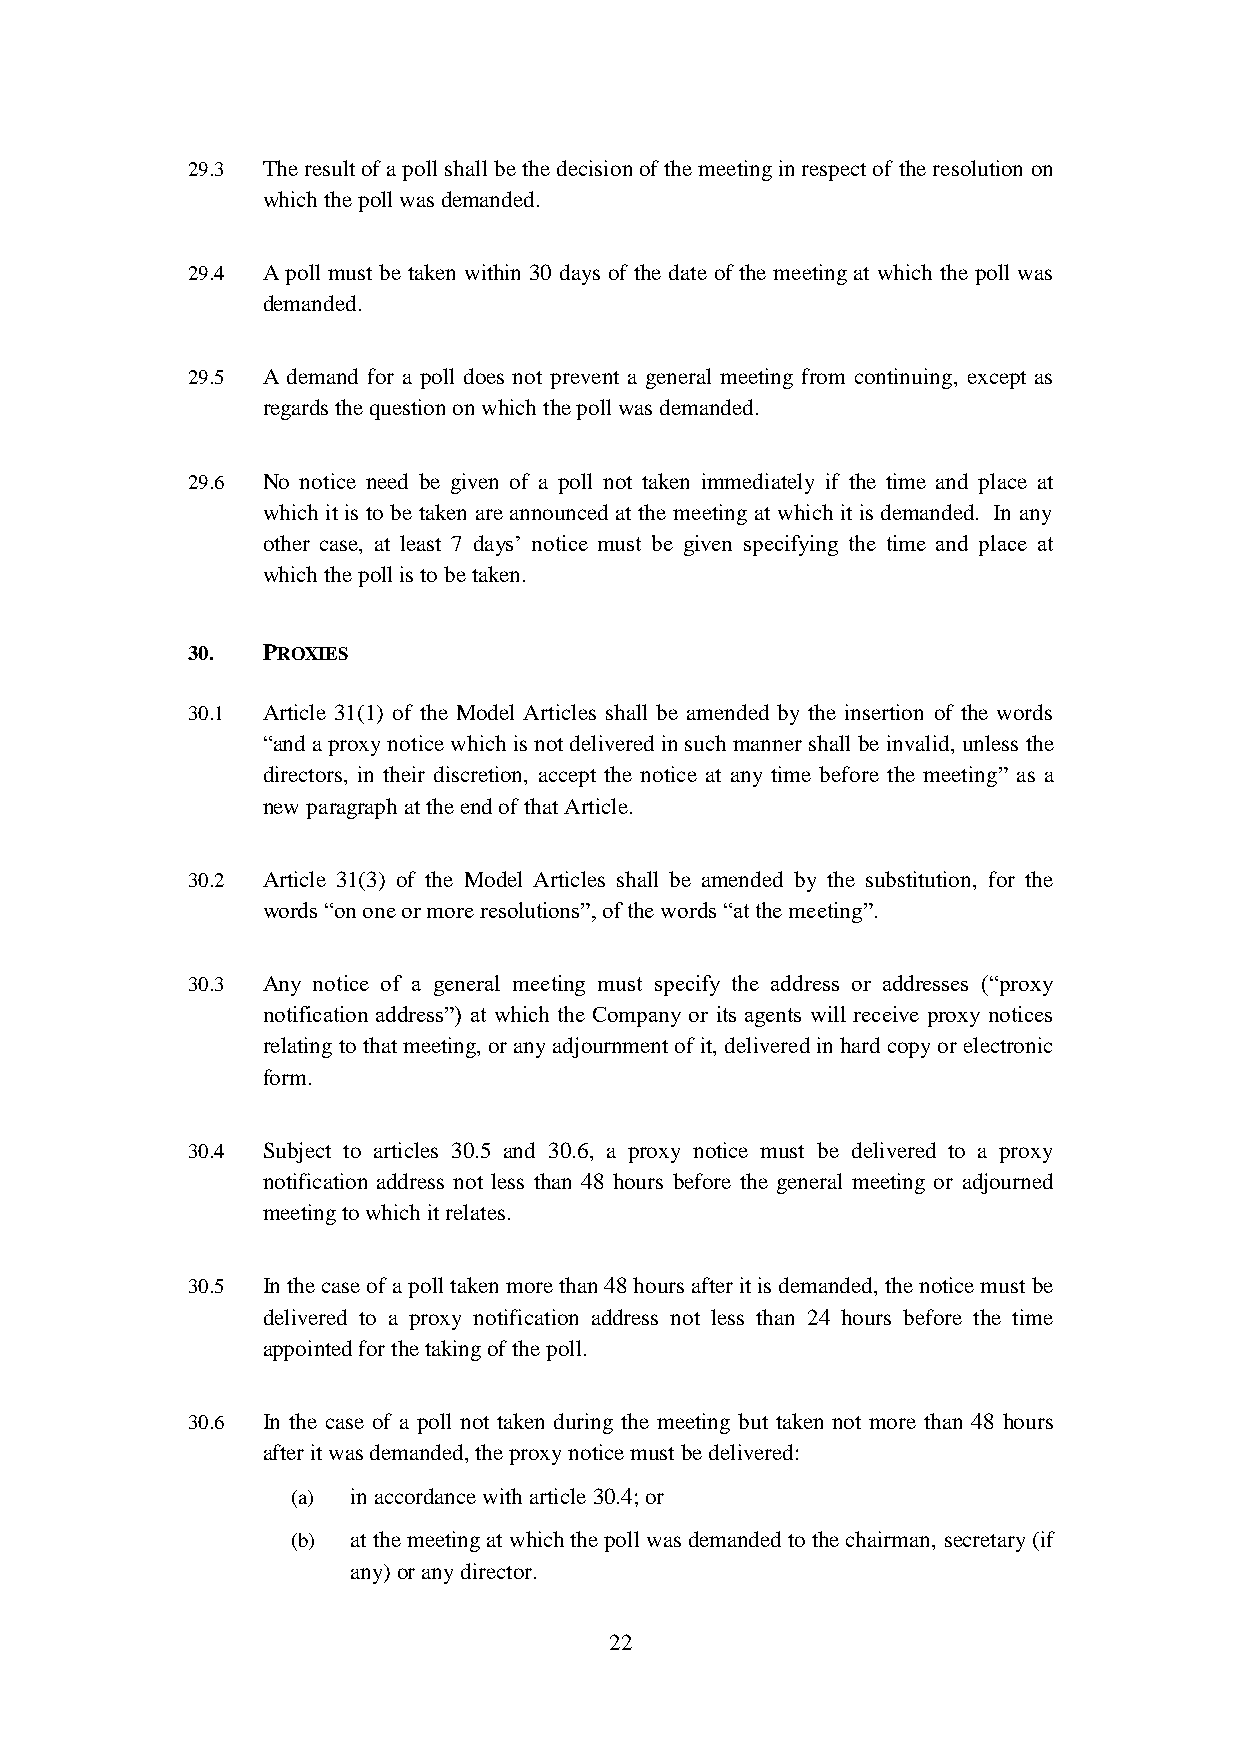
29.3 The result of a poll shall be the decision of the meeting in respect of the resolution on
 which the poll was demanded.
 29.4 A poll must be taken within 30 days of the date of the meeting at which the poll was
 demanded.
 29.5 A demand for a poll does not prevent a general meeting from continuing, except as
 regards the question on which the poll was demanded.
 29.6 No notice need be given of a poll not taken immediately if the time and place at
 which it is to be taken are announced at the meeting at which it is demanded. In any
 other case, at least 7 days’ notice must be given specifying the time and place at
 which the poll is to be taken.
 30.  PROXIES
 30.1 Article 31(1) of the Model Articles shall be amended by the insertion of the words
 “and a proxy notice which is not delivered in such manner shall be invalid, unless the
 directors, in their discretion, accept the notice at any time before the meeting” as a
 new paragraph at the end of that Article.
 30.2 Article 31(3) of the Model Articles shall be amended by the substitution, for the
 words “on one or more resolutions”, of the words “at the meeting”.
 30.3 Any notice of a general meeting must specify the address or addresses (“proxy
 notification address”) at which the Company or its agents will receive proxy notices
 relating to that meeting, or any adjournment of it, delivered in hard copy or electronic
 form.
 30.4 Subject to articles 30.5 and 30.6, a proxy notice must be delivered to a proxy
 notification address not less than 48 hours before the general meeting or adjourned
 meeting to which it relates.
 30.5 In the case of a poll taken more than 48 hours after it is demanded, the notice must be
 delivered to a proxy notification address not less than 24 hours before the time
 appointed for the taking of the poll.
 30.6 In the case of a poll not taken during the meeting but taken not more than 48 hours
 after it was demanded, the proxy notice must be delivered:
 (a) in accordance with article 30.4; or
 (b) at the meeting at which the poll was demanded to the chairman, secretary (if
 any) or any director.
 22